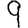
Digit: 9